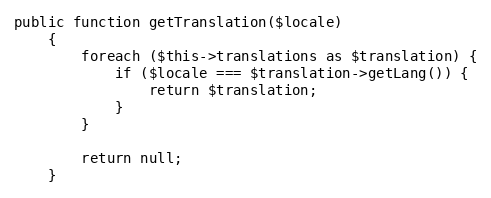
Language: PHP
public function getTranslation($locale)
    {
        foreach ($this->translations as $translation) {
            if ($locale === $translation->getLang()) {
                return $translation;
            }
        }

        return null;
    }